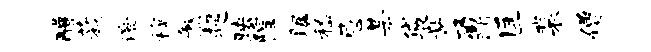
醴蔟澄穆煞趄映隍瞩嵇忌某袋施鼐匡裴僧